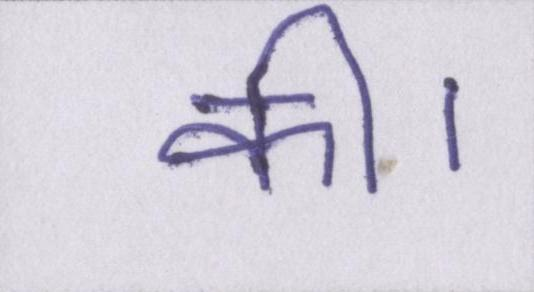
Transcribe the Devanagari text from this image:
की।